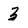
Character: 3